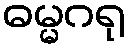
ဓမ္မဂရု